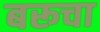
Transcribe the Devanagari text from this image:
बरूचा